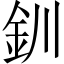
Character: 釧